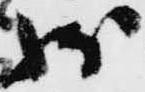
状